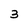
Character: 3